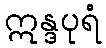
ဣန္ဒပုရံ